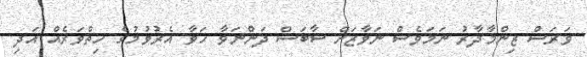
ވަރަސް ޒިންމާދާރު ނަމަވެސް ނަވާޒަށް ސާބަސް ދަންނަވާ ހަވާ އެރުވުމުގެ ހިތްވަރެއް އަދި